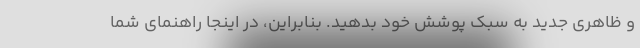
و ظاهری جدید به سبک پوشش خود بدهید. بنابراین، در اینجا راهنمای شما